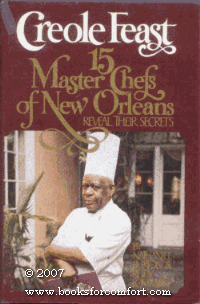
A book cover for Creole Feast; Nathaniel Burton; Cookbooks, Food & Wine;